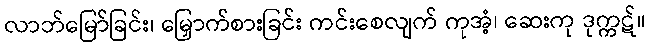
လာဘ်မြော်ခြင်း၊ မြှောက်စားခြင်း ကင်းစေလျက် ကုအံ့၊ ဆေးကု ဒုက္ကဋ်။